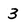
Character: 3